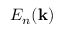
E _ { n } ( \mathbf { k } )